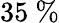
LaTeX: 35~\%